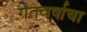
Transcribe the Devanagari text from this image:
गतवर्षाचा